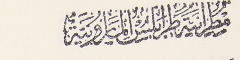
مطرانية طرابلس المارونية